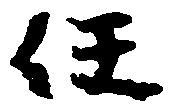
任